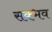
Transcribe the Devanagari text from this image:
सक्भव